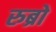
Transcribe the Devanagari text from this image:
रुब्रो